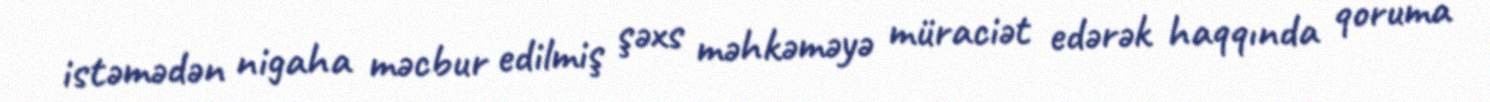
istəmədən nigaha məcbur edilmiş şəxs məhkəməyə müraciət edərək haqqında qoruma